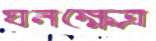
ঘনক্ষেত্র